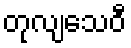
တုလျသေဝီ